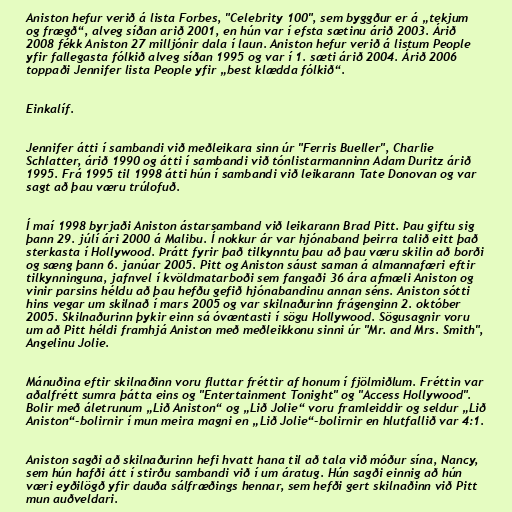
Aniston hefur verið á lista Forbes, "Celebrity 100", sem byggður er á „tekjum
og frægð“, alveg síðan arið 2001, en hún var í efsta sætinu árið 2003. Árið
2008 fékk Aniston 27 milljónir dala í laun. Aniston hefur verið á listum People
yfir fallegasta fólkið alveg síðan 1995 og var í 1. sæti árið 2004. Árið 2006
toppaði Jennifer lista People yfir „best klædda fólkið“.

Einkalíf.

Jennifer átti í sambandi við meðleikara sinn úr "Ferris Bueller", Charlie
Schlatter, árið 1990 og átti í sambandi við tónlistarmanninn Adam Duritz árið
1995. Frá 1995 til 1998 átti hún í sambandi við leikarann Tate Donovan og var
sagt að þau væru trúlofuð.

Í maí 1998 byrjaði Aniston ástarsamband við leikarann Brad Pitt. Þau giftu sig
þann 29. júlí ári 2000 á Malibu. Í nokkur ár var hjónaband þeirra talið eitt það
sterkasta í Hollywood. Þrátt fyrir það tilkynntu þau að þau væru skilin að borði
og sæng þann 6. janúar 2005. Pitt og Aniston sáust saman á almannafæri eftir
tilkynninguna, jafnvel í kvöldmatarboði sem fangaði 36 ára afmæli Aniston og
vinir parsins héldu að þau hefðu gefið hjónabandinu annan séns. Aniston sótti
hins vegar um skilnað í mars 2005 og var skilnaðurinn frágenginn 2. október
2005. Skilnaðurinn þykir einn sá óvæntasti í sögu Hollywood. Sögusagnir voru
um að Pitt héldi framhjá Aniston með meðleikkonu sinni úr "Mr. and Mrs. Smith",
Angelinu Jolie.

Mánuðina eftir skilnaðinn voru fluttar fréttir af honum í fjölmiðlum. Fréttin var
aðalfrétt sumra þátta eins og "Entertainment Tonight" og "Access Hollywood".
Bolir með áletrunum „Lið Aniston“ og „Lið Jolie“ voru framleiddir og seldur „Lið
Aniston“-bolirnir í mun meira magni en „Lið Jolie“-bolirnir en hlutfallið var 4:1.

Aniston sagði að skilnaðurinn hefi hvatt hana til að tala við móður sína, Nancy,
sem hún hafði átt í stirðu sambandi við í um áratug. Hún sagði einnig að hún
væri eyðilögð yfir dauða sálfræðings hennar, sem hefði gert skilnaðinn við Pitt
mun auðveldari.